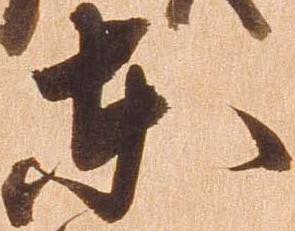
東